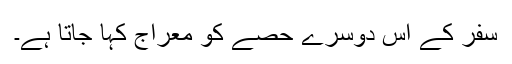
سفر کے اس دوسرے حصے کو معراج کہا جاتا ہے۔